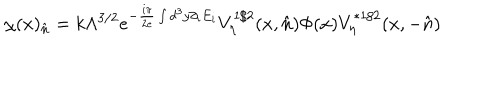
\chi ( x ) _ { \hat { n } } = k \Lambda ^ { 3 / 2 } e ^ { - \frac { i \pi } { 2 e } \int d ^ { 3 } y \partial _ { i } E _ { i } } V _ { \eta } ^ { 1 / 2 } ( x , \hat { n } ) \Phi ( x ) V _ { \eta } ^ { * 1 / 2 } ( x , - \hat { n } )